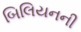
બિલિયનની